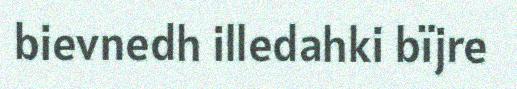
bievnedh illedahki bïjre